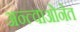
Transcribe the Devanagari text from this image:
अन्त्वाओनेत